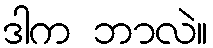
ဒါက ဘာလဲ။